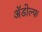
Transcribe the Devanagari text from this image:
ॲडोल्फ